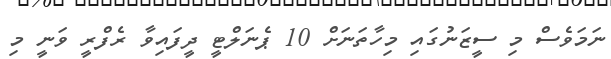
ނަމަވެސް މި ސީޒަނުގައި މިހާތަނަށް 10 ޕެނަލްޓީ ދީފައިވާ ރެފްރީ ވަނީ މި